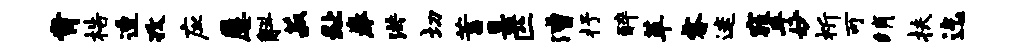
肯梏透孜应屡斛菽趾拳洪切蓄臬匹漕抒醉革睿迷窕手妙祈可绡扶迄